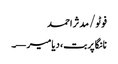
فوٹو/ مدثر احمد
نانگا پربت، دیامیر—۔